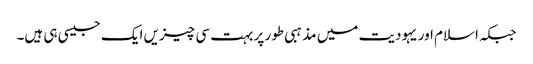
جبکہ اسلام اور یہودیت میں مذہبی طور پر بہت سی چیزیں ایک جیسی ہی ہیں۔